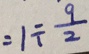
= 1 \div \frac { 9 } { 2 }